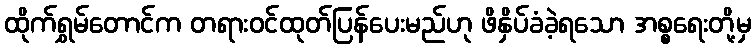
ထိုက်ရွှမ်တောင်က တရားဝင်ထုတ်ပြန်ပေးမည်ဟု ဖိနှိပ်ခံခဲ့ရသော အစ္စရေးတို့မှ